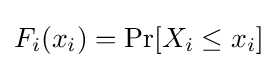
F_{i}(x_{i})=\Pr[X_{i}\leq x_{i}]